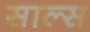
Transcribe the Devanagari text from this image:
साल्स